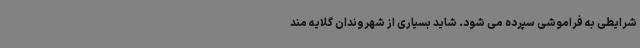
شرایطی به فراموشی سپرده می شود. شاید بسیاری از شهروندان گلایه مند